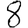
Digit: 8